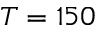
T = 1 5 0